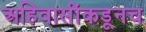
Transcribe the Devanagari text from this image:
अहिवासींकडूनच